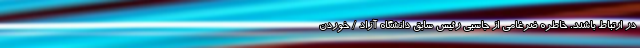
در ارتباط باشند. خاطره ضرغامی از جاسبي رئیس سابق دانشگاه آزاد / خوردن